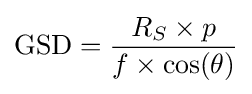
\mathrm {GSD} ={\frac {R_{S}\times p}{f\times \cos(\theta )}}